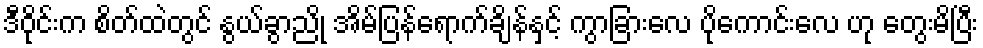
ဒီဝိုင်းက စိတ်ထဲတွင် နွယ်ခွာညို အိမ်ပြန်ရောက်ချိန်နှင့် ကွာခြားလေ ပိုကောင်းလေ ဟု တွေးမိပြီး